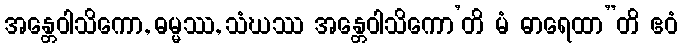
အန္တေဝါသိကော, ဓမ္မဿ, သံဃဿ အန္တေဝါသိကော’တိ မံ ဓာရေထာ”တိ ဧဝံ